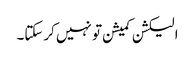
الیکشن کمیشن تو نہیں کرسکتا۔